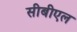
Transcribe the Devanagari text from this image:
सीबीएल